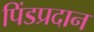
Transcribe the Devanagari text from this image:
पिंडप्रदान